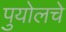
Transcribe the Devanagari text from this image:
पुयोलचे